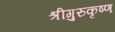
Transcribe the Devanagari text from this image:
श्रीगुरुकृष्ण